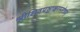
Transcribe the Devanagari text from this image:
श्रीशिवपञ्चाक्षरस्तोत्रम्